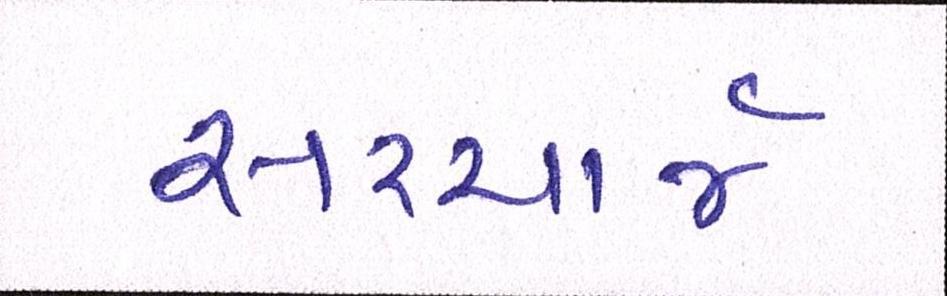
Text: સરચાર્જ